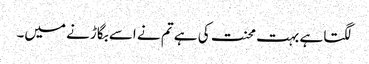
لگتا ہے بہت محنت کی ہے تم نے اسے بگاڑنے میں۔